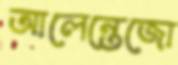
আলেন্তেজো